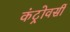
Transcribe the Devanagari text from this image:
कंट्रोवर्सी